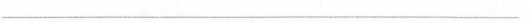
_____________________